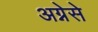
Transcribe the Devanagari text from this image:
अग्नेसे